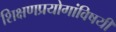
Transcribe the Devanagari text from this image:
शिक्षणप्रयोगांविषयी